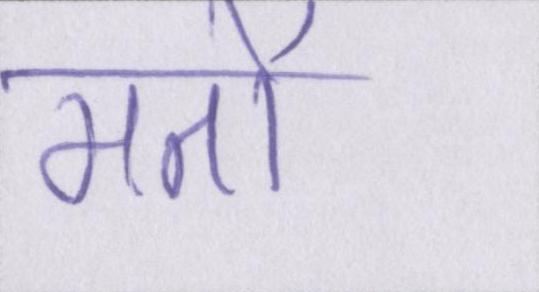
मतों